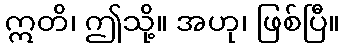
ဣတိ၊ ဤသို့။ အဟု၊ ဖြစ်ပြီ။